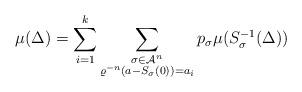
LaTeX: \begin{align*}\mu (\Delta ) &=\sum_{i=1}^{k} \sum_{\substack{\sigma \in \mathcal{A}^{n}\\ \varrho ^{-n}(a-S_{\sigma}(0))=a_{i}}} p_{\sigma }\mu (S_{\sigma }^{-1}(\Delta ))\end{align*}